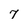
Character: 7